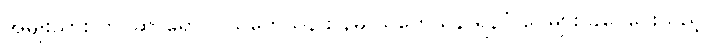
အမျိုးသား ကင်ဆာရောဂါ သုတေသနဌာနမှ သုတေသန ရန်ပုံ ငွေများ ခွဲဝေပေးသည့်